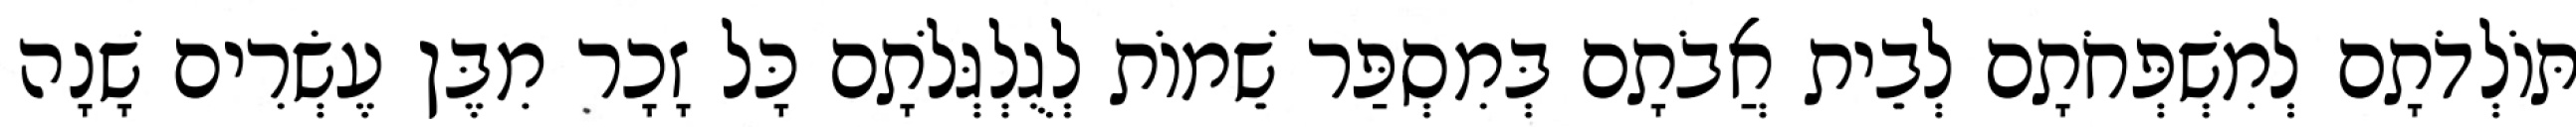
תּוֹלְדֹתָם לְמִשְׁפְּחֹתָם לְבֵית אֲבֹתָם בְּמִסְפַּר שֵׁמוֹת לְגֻלְגְּלֹתָם כָּל זָכָר מִבֶּן עֶשְׂרִים שָׁנָה